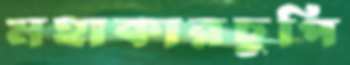
মহাকারচুপি